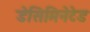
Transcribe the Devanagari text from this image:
डेसिमिनेटेड